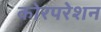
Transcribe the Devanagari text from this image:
कोरपरेशन